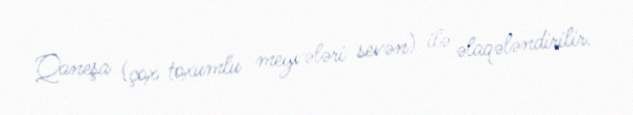
Qaneşa (çox toxumlu meyvələri sevən) ilə əlaqələndirilir.